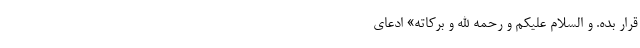
قرار بده. وَ السَّلامُ عَلِیْکُمْ وَ رَحمَهُ اللهِ وَ بَرِکاتُه» ادعای